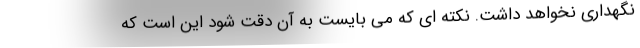
نگهداری نخواهد داشت. نکته ای که می بایست به آن دقت شود این است که